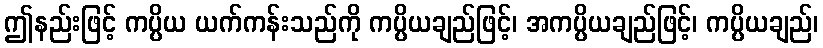
ဤနည်းဖြင့် ကပ္ပိယ ယက်ကန်းသည်ကို ကပ္ပိယချည်ဖြင့်၊ အကပ္ပိယချည်ဖြင့်၊ ကပ္ပိယချည်၊